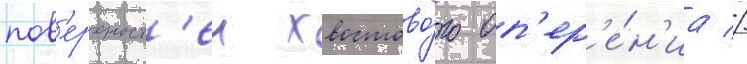
пов'ерхност'еи хвостово́го оп'ер'е́н'иа //